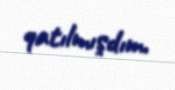
qatılmışdım.